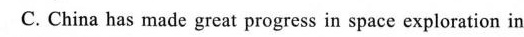
C. China has made great progress in space exploration in